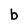
Character: b